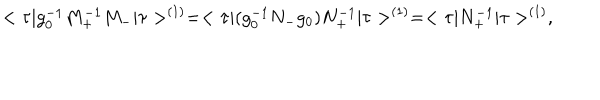
< \tau \vert g _ { 0 } ^ { - 1 } M _ { + } ^ { - 1 } M _ { - } \vert \tau > ^ { ( 1 ) } = < \tau \vert ( g _ { 0 } ^ { - 1 } N _ { - } g _ { 0 } ) N _ { + } ^ { - 1 } \vert \tau > ^ { ( 1 ) } = < \tau \vert N _ { + } ^ { - 1 } \vert \tau > ^ { ( 1 ) } ,